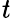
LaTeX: \mathit{t}